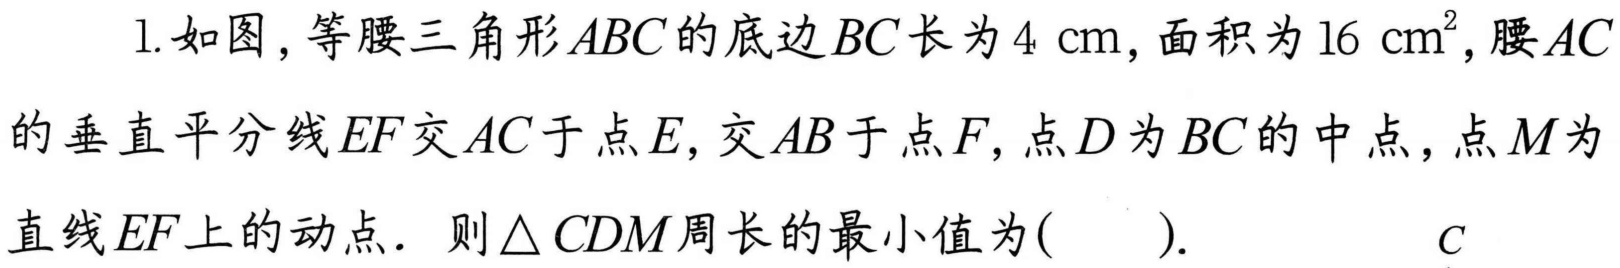
1. 如图，等腰三角形\(ABC\)的底边\(BC\)长为\(4\mathrm{cm}\)，面积为\(16\mathrm{cm}^{2}\)，腰\(AC\)的垂直平分线\(EF\)交\(AC\)于点\(E\)，交\(AB\)于点\(F\)，点\(D\)为\(BC\)的中点，点\(M\)为直线\(EF\)上的动点．则\(\triangle CDM\)周长的最小值为(  ).